Scottish Certificate of Education, 1963
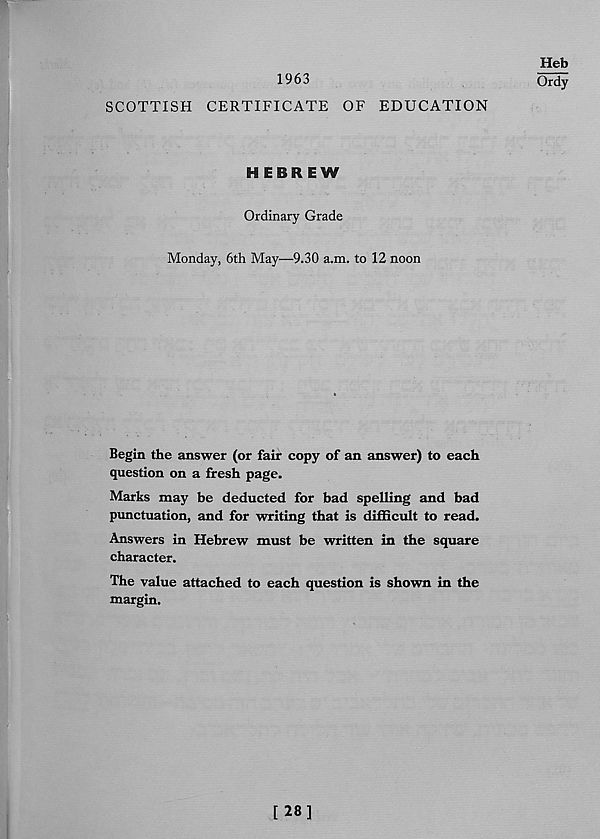
1963
SCOTTISH CERTIFICATE OF EDUCATION
Heb
Ordy
HEBREW
Ordinary Grade
Monday, 6th May—9.30 a.m. to 12 noon
Begin the answer (or fair copy of an answer) to each
question on a fresh page.
Marks may be deducted for bad spelling and bad
punctuation, and for writing that is difficult to read.
Answers in Hebrew must be written in the square
character.
The value attached to each question is shown in the
margin.
[ 28]